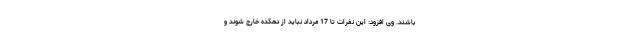
باشند. وی افزود: این نفرات تا 17 مرداد نباید از دهکده خارج شوند و